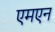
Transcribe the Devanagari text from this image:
एमएन